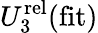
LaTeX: U_{3}^{\mathrm{rel}}(\mathrm{fit})